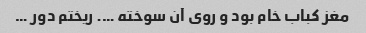
مغز کباب خام بود و روی آن سوخته …. ریختم دور …